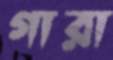
গারা